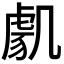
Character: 𭂸